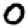
Digit: 0